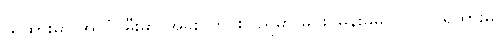
(ရထားမှာ အလံ၊ မီးမှာ အခိုး၊ တိုင်းပြည်မှာ မင်း၊ မိန်းမမှာ လင်) ရထားမှ